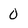
Character: 0